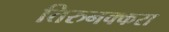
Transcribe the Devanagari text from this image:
तिरुनक्करा